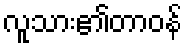
လူသား၏တာဝန်